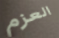
العزم